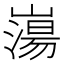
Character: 𡼍